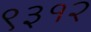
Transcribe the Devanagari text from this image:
९३१२